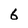
Character: 6